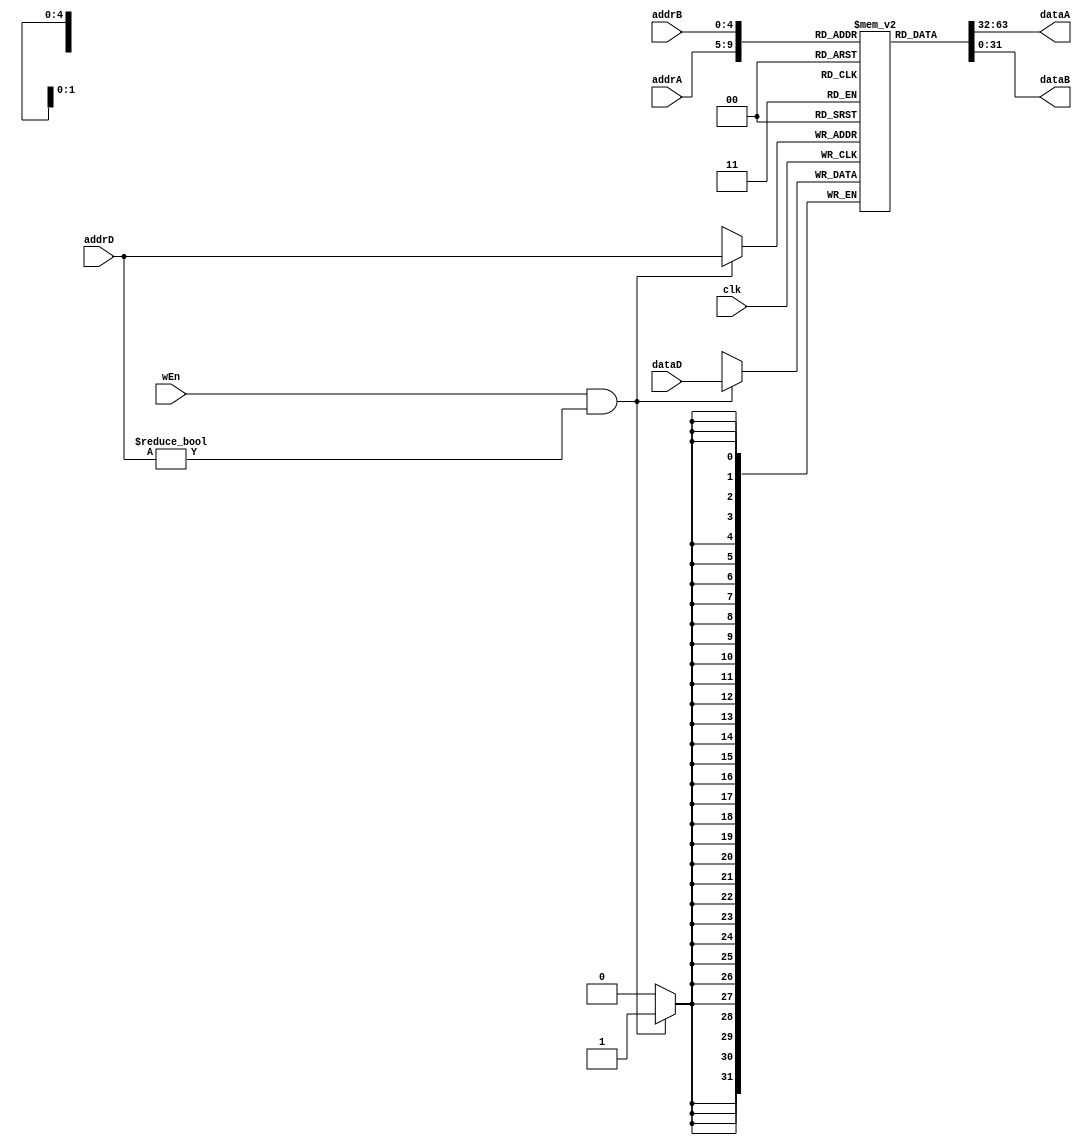
module Regs(
    input wire[4:0] addrA,addrB,addrD,
    input wire[31:0] dataD,
    input wire wEn,
    input wire clk,
    output reg[31:0] dataA,dataB
    );

reg [31:0] regs[31:0];

integer i;
initial begin
    regs[0]=0;
    for (i =1 ;i<32 ;i=i+1 ) begin
        regs[i]=0;
    end
end

always @(addrA or addrB or addrD) begin
    dataA=regs[addrA];
    dataB=regs[addrB];  
end

always @(posedge clk)
begin
    if(wEn&&addrD!=5'd0) begin
        regs[addrD]=dataD;
    end
end
endmodule